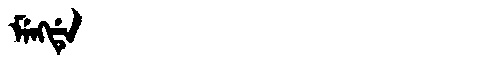
Manchu: ᠮᡝᠩᡩᡝ
Romanization: MENGDE